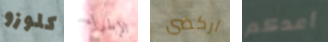
كلوزو الإطراء اركضي أعدكم